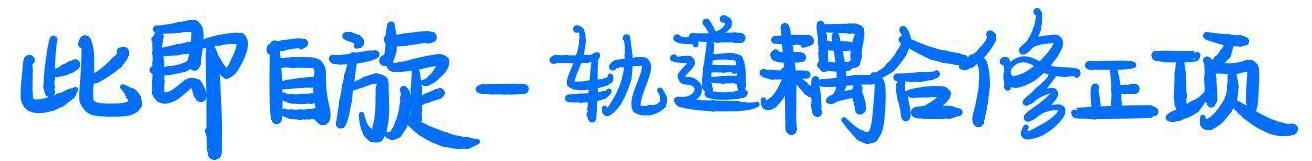
此即自旋－轨道耦合修正项